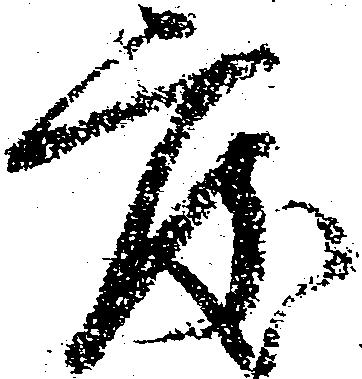
度